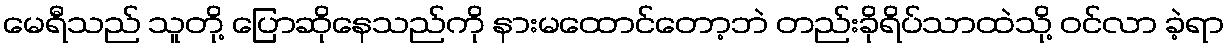
မေရီသည် သူတို့ ပြောဆိုနေသည်ကို နားမထောင်တော့ဘဲ တည်းခိုရိပ်သာထဲသို့ ဝင်လာ ခဲ့ရာ